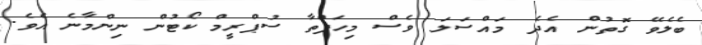
ބެލެވޭ ގޮތުން އެދެ މައްސަލަ ވެސް މިހަފްތާ ސުޕްރީމް ކޯޓުން ނިންމާނެ އެވެ.